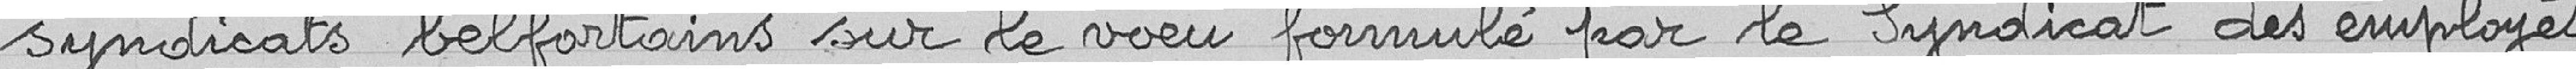
syndicats belfortains sur le vœu formulé par le syndicat des employés